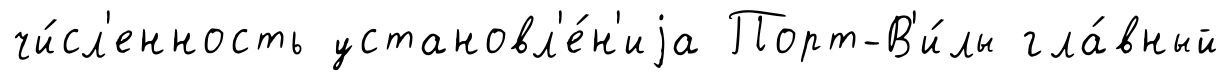
чи́сл'енность установл'е́н'иjа Порт-В'и́лы гла́вный